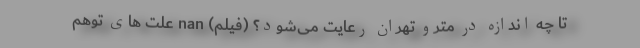
تا چه اندازه در مترو تهران رعایت می‌شود؟ (فیلم) nan علت های توهم